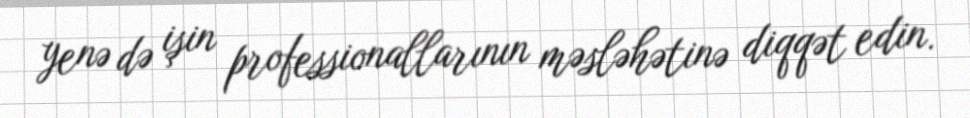
yenə də işin professionallarının məsləhətinə diqqət edin.